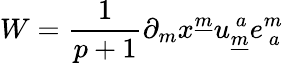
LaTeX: W={\frac{1}{p+1}}\partial_{m}x^{\underline{{m}}}u_{\underline{{m}}}^{~a}e_{~a}^{m}